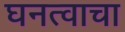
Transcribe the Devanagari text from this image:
घनत्वाचा